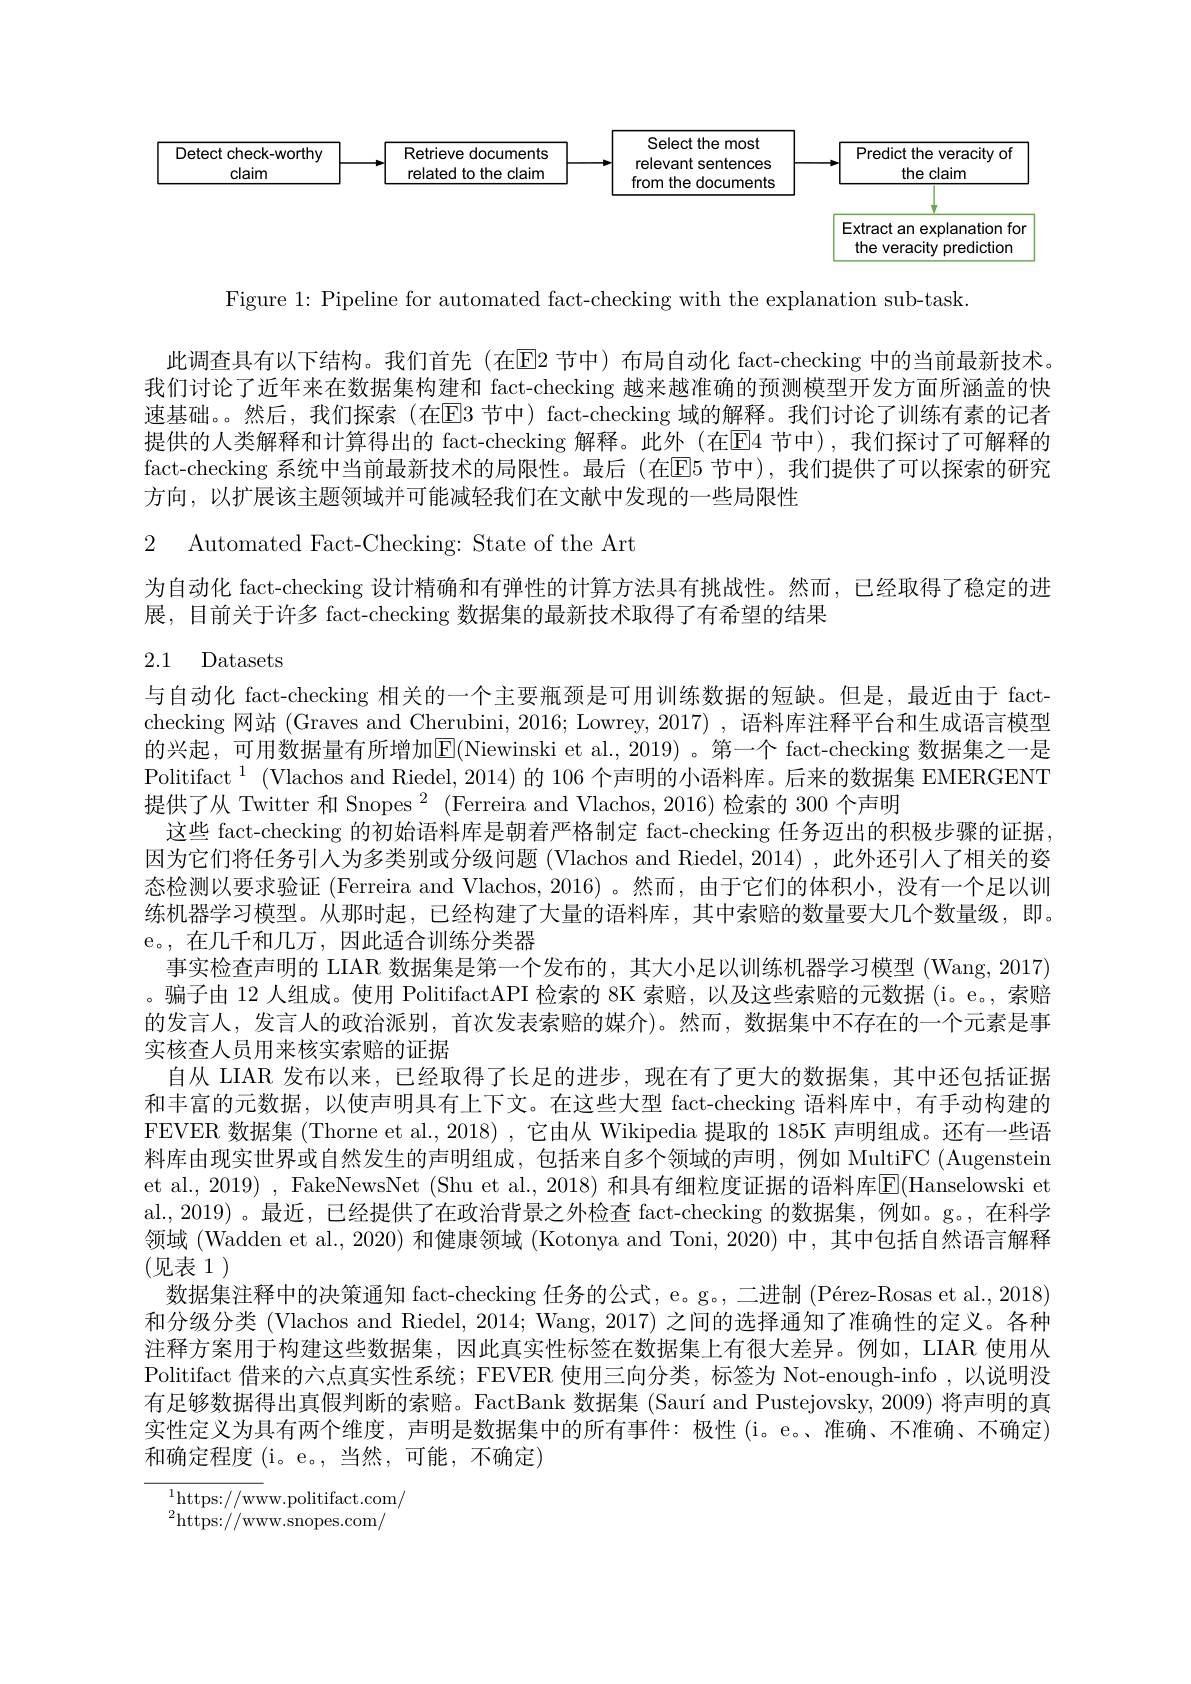
<FigureHere>

Figure 1: Pipeline for automated fact-checking with the explanation sub-task.

此调查具有以下结构。我们首先(在E2 节中) 布局自动化 fact-checking 中的当前最新技术。我们讨论了近年来在数据集构建和 fact-checking 越来越准确的预测模型开发方面所涵盖的快速基础。然后，我们探索(在$\overline{\text{E}}$3 节中) fact-checking 域的解释。我们讨论了训练有素的记者提供的人类解释和计算得出的 fact-checking 解释。此外 (在回4 节中),我们探讨了可解释的fact-checking 系统中当前最新技术的局限性。最后 (在E5 节中),我们提供了可以探索的研究方向，以扩展该主题领域并可能减轻我们在文献中发现的一些局限性

2 Automated Fact-Checking: State of the Art

为自动化 fact-checking 设计精确和有弹性的计算方法具有挑战性。然而，已经取得了稳定的进
展，目前关于许多 fact-checking 数据集的最新技术取得了有希望的结果

# 2.1 Datasets

与自动化 fact-checking 相关的一个主要瓶颈是可用训练数据的短缺。但是，最近由于 factchecking 网站(Graves and Cherubini, 2016; Lowrey, 2017) , 语料库注释平台和生成语言模型的兴起，可用数据量有所增加$\overline{\mathrm{E}}($Niewinski et al., 2019)。第一个 fact-checking 数据集之一是Politifact $^1$ (Vlachos and Riedel, 2014) 的 106 个声明的小语料库。后来的数据集 EMERGENT 提供了从 Twitter 和 Snopes $^2$ (Ferreira and Vlachos, 2016) 检索的 300 个声明
这些 fact-checking 的初始语料库是朝着严格制定 fact-checking 任务迈出的积极步骤的证据因为它们将任务引人为多类别或分级问题 (Vlachos and Riedel, 2014) ,此外还引人了相关的姿态检测以要求验证 (Ferreira and Vlachos, 2016) 。然而，由于它们的体积小，没有一个足以训练机器学习模型。从那时起，已经构建了大量的语料库，其中索赔的数量要大几个数量级，即。e。,在几千和几万，因此适合训练分类器
事实检查声明的 LIAR 数据集是第一个发布的，其大小足以训练机器学习模型 (Wang, 2017) 。骗子由 12 人组成。使用 PolitifactAPI 检索的 8K 索赔，以及这些索赔的元数据 (i。e。,索赔的发言人，发言人的政治派别，首次发表索赔的媒介)。然而，数据集中不存在的一个元素是事实核查人员用来核实索赔的证据
自从 LIAR 发布以来，已经取得了长足的进步，现在有了更大的数据集，其中还包括证据和丰富的元数据，以使声明具有上下文。在这些大型 fact-checking 语料库中，有手动构建的FEVER 数据集 (Thorne et al., 2018) , 它由从 Wikipedia 提取的 185K 声明组成。还有一些语料库由现实世界或自然发生的声明组成，包括来自多个领域的声明，例如 MultiFC (Augenstein et al., 2019) , FakeNewsNet (Shu et al., 2018) 和具有细粒度证据的语料库$\overline{\mathrm{E}}($Hanselowski et al.,2019)。最近，已经提供了在政治背景之外检查 fact-checking 的数据集，例如。g。,在科学领域(Wadden et al., 2020) 和健康领域(Kotonya and Toni, 2020) 中，其中包括自然语言解释(见表 1)
数据集注释中的决策通知 fact-checking 任务的公式，e。g。, 二进制 (Pérez-Rosas et al., 2018) 和分级分类 (Vlachos and Riedel, 2014; Wang, 2017) 之间的选择通知了准确性的定义。各种注释方案用于构建这些数据集，因此真实性标签在数据集上有很大差异。例如，LIAR 使用从Politifact 借来的六点真实性系统；FEVER 使用三向分类，标签为 Not-enough-info ,以说明没有足够数据得出真假判断的索赔。FactBank 数据集 (Saurí and Pustejovsky, 2009) 将声明的真实性定义为具有两个维度，声明是数据集中的所有事件：极性(i。e。准确、不准确、不确定) 和确定程度 (i。e。,当然，可能，不确定)

$_{2}^{1}$https://www.politifact.com/
$^{2}$https://www.snopes.com/